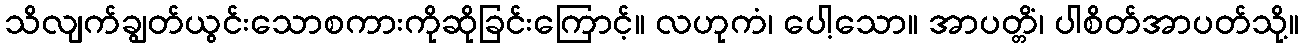
သိလျက်ချွတ်ယွင်းသောစကားကိုဆိုခြင်းကြောင့်။ လဟုကံ၊ ပေါ့သော။ အာပတ္တိံ၊ ပါစိတ်အာပတ်သို့။